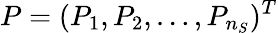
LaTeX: P=(P_{1},P_{2},\ldots,P_{n_{S}})^{T}